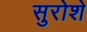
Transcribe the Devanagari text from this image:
सुरोशे